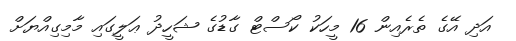
އަދި އޭގެ ތެރެއިން 16 މީހަކު ކޯސްޓް ގާޑުގެ ޝަހީދު ޢަލީގައި މާމިގިއްޔަށް